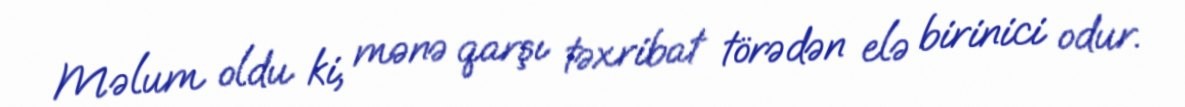
Məlum oldu ki, mənə qarşı təxribat törədən elə birinici odur.